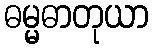
ဓမ္မဓာတုယာ